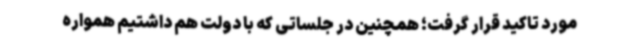
مورد تاکید قرار گرفت؛ همچنین در جلساتی که با دولت هم داشتیم همواره